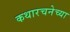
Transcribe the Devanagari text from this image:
कथारचनेच्या